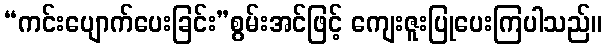
“ကင်းပျောက်ပေးခြင်း”စွမ်းအင်ဖြင့် ကျေးဇူးပြုပေးကြပါသည်။